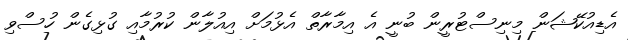
އެޑިއުކޭޝަން މިނިސްޓުރީން ބުނީ އެ އިމާރާތް އެޅުމަށް އިއުލާން ކުރުމާއި ގުޅިގެން ހުސްވި